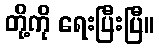
တို့ကို ရေးပြီးပြီ။